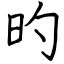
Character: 旳